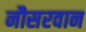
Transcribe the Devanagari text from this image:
नौसरवान